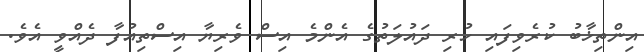
އިންތިޚާބު ކުރެވިފައި ހުރި ދައުލަތުގެ އެންމެ އިސް ވެރިޔާ އިސްތިއުފާ ދެއްވީ އެވެ.